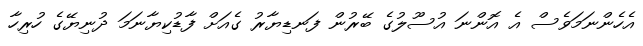
އެހެންނަމަވެސް އެ އޮންނަ އުސޫލުގެ ބޭރުން ފަނޑިޔާރު ގެއަށް ފާޑުކިޔާނަމަ ދުނިޔޭގެ ހުރިހާ